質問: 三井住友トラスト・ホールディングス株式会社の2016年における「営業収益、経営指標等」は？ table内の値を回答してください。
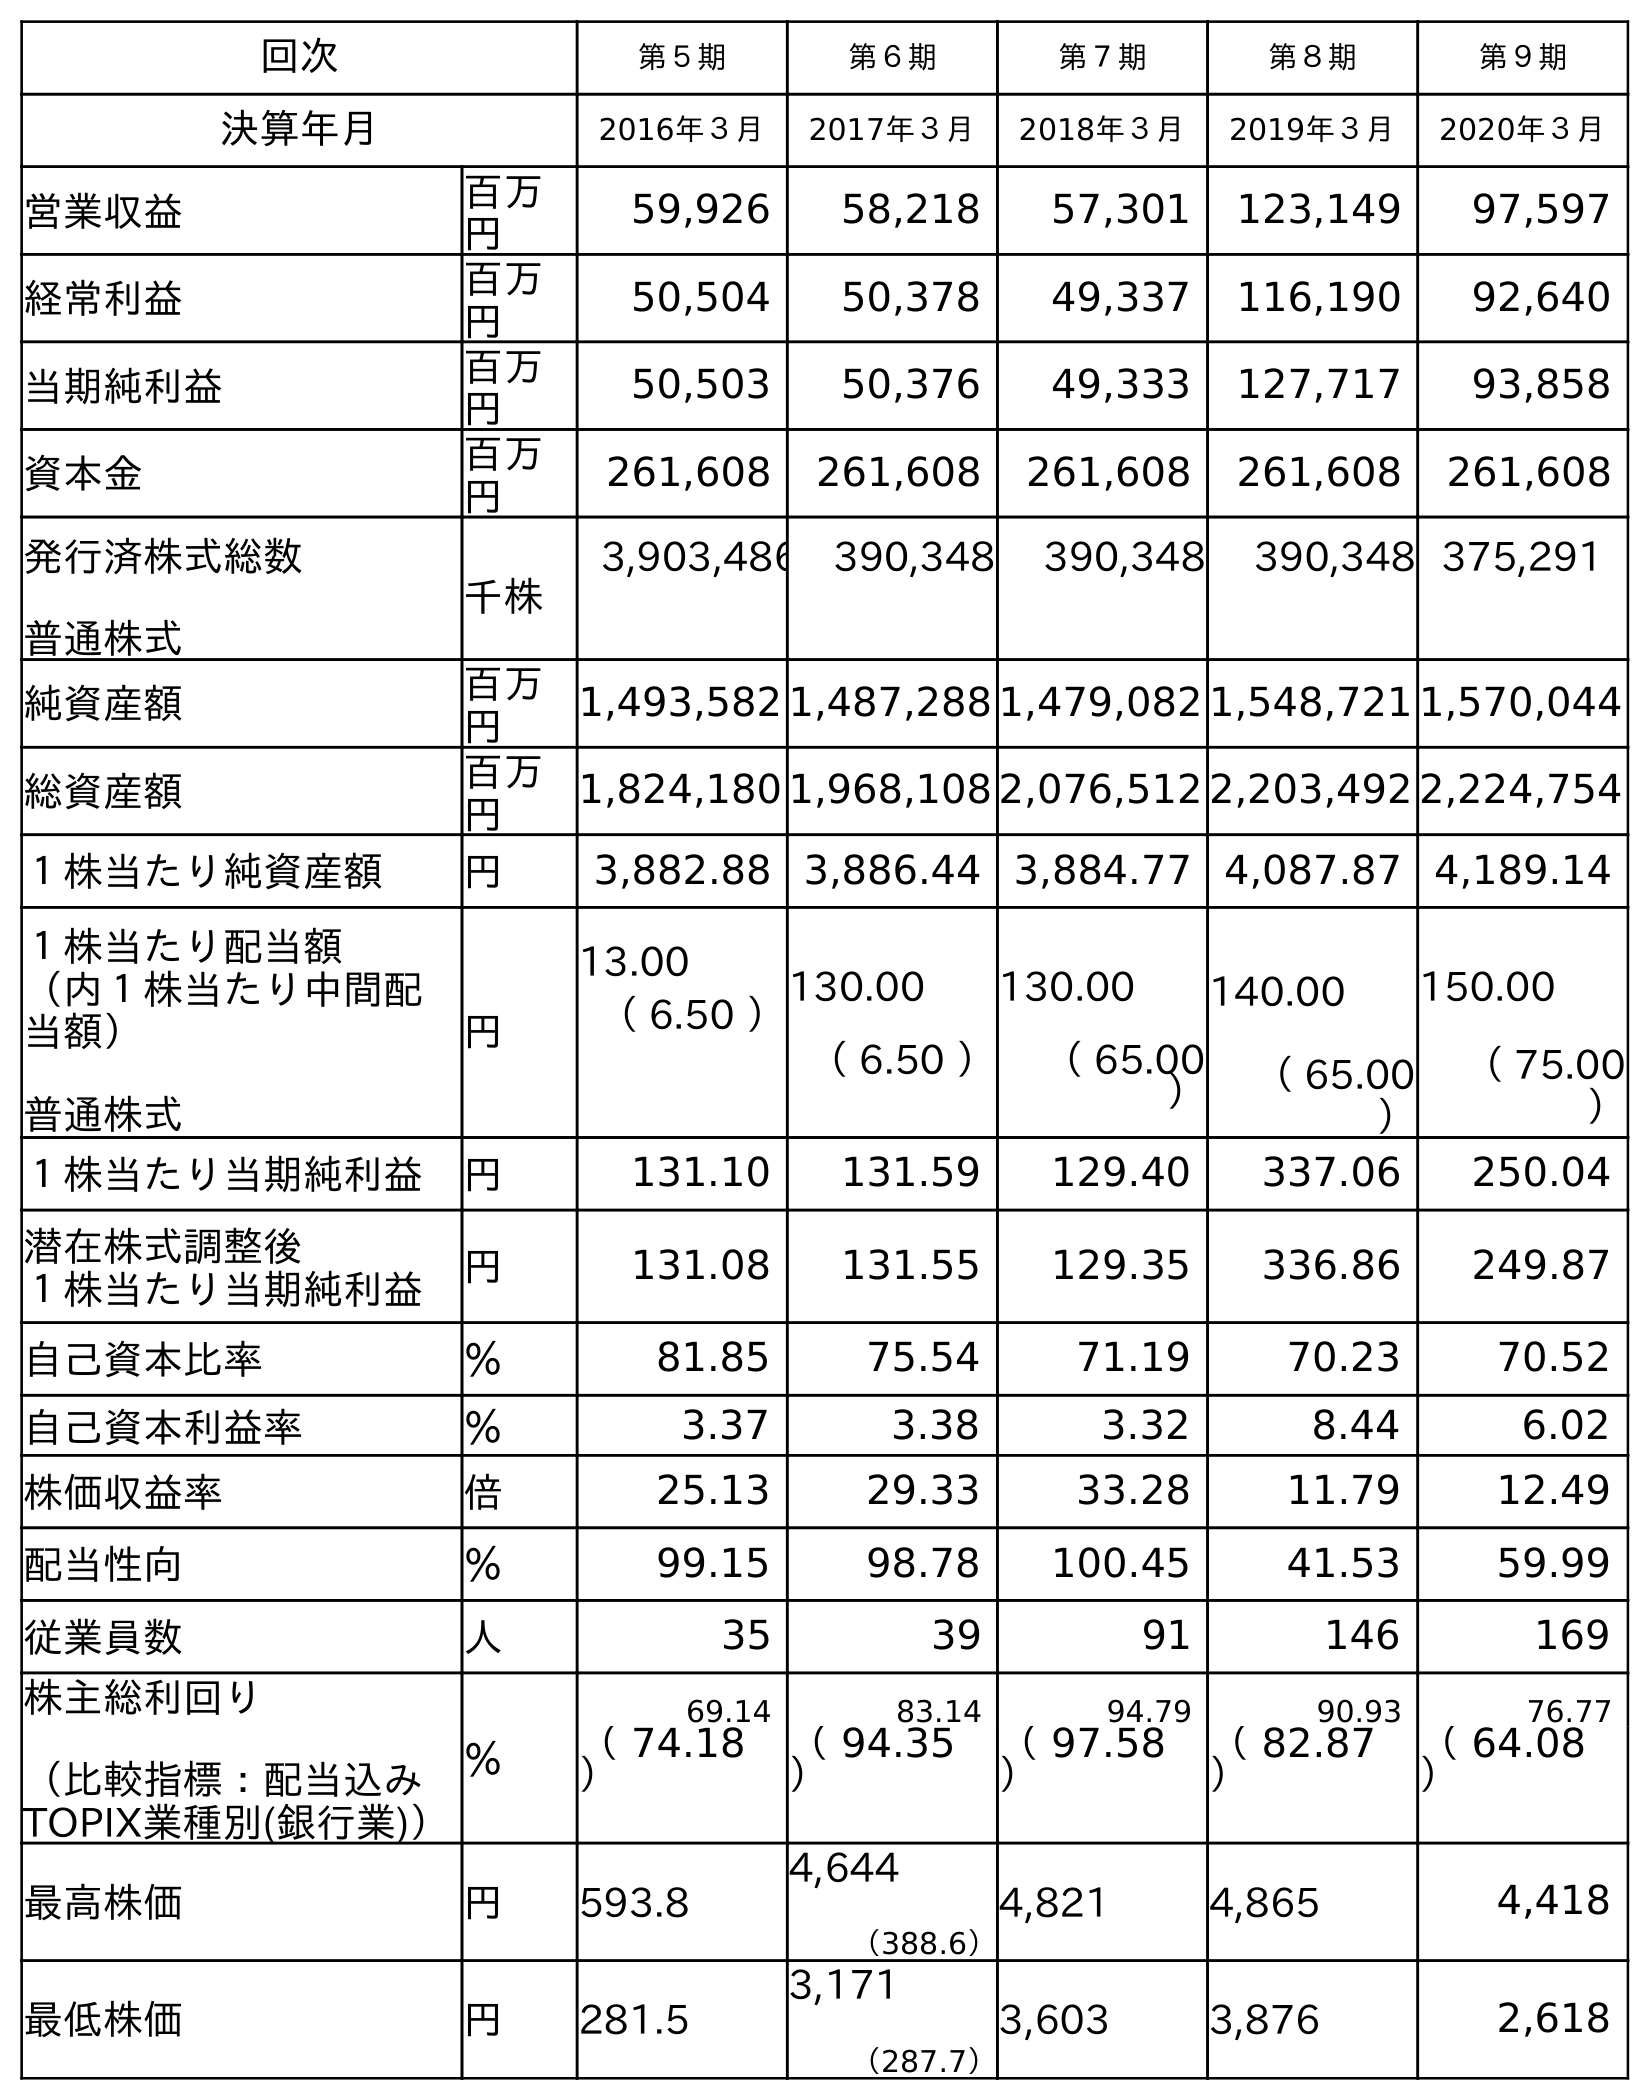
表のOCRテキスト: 回次 第５期 第６期 第７期 第８期 第９期 決算年月 2016年３月 2017年３月 2018年３月 2019年３月 2020年３月 営業収益 百万 円 59,926 58,218 57,301 123,149 97,597 経常利益 百万 円 50,504 50,378 49,337 116,190 92,640 当期純利益 百万 円 50,503 50,376 49,333 127,717 93,858 資本金 百万 円 261,608 261,608 261,608 261,608 261,608 発行済株式総数 普通株式 千株 3,903,486 390,348 390,348 390,348 375,291 純資産額 百万 円 1,493,582 1,487,288 1,479,082 1,548,721 1,570,044 総資産額 百万 円 1,824,180 1,968,108 2,076,512 2,203,492 2,224,754 １株当たり純資産額 円 3,882.88 3,886.44 3,884.77 4,087.87 4,189.14 １株当たり配当額 （内１株当たり中間配 当額） 普通株式 円 13.00 （ 6.50 ）130.00 （ 6.50 ） 130.00 （ 65.00 ） 140.00 （ 65.00 ） 150.00 （ 75.00 ） １株当たり当期純利益 円 131.10 131.59 129.40 337.06 250.04 潜在株式調整後 １株当たり当期純利益 円 131.08 131.55 129.35 336.86 249.87 自己資本比率 ％ 81.85 75.54 71.19 70.23 70.52 自己資本利益率 ％ 3.37 3.38 3.32 8.44 6.02 株価収益率 倍 25.13 29.33 33.28 11.79 12.49 配当性向 ％ 99.15 98.78 100.45 41.53 59.99 従業員数 人 35 39 91 146 169 株主総利回り （比較指標：配当込み TOPIX業種別(銀行業)） ％ 69.14 83.14 94.79 90.93 76.77 （ 74.18 ） （ 94.35 ） （ 97.58 ） （ 82.87 ） （ 64.08 ） 最高株価 円 593.8 4,644 （388.6） 4,821 4,865 4,418 最低株価 円 281.5 3,171 （287.7） 3,603 3,876 2,618
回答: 59,926